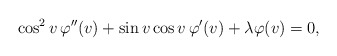
\begin{align*} \cos^{2}v\,\varphi''(v)+\sin v\cos v\, \varphi'(v)+\lambda\varphi(v)=0, \end{align*}